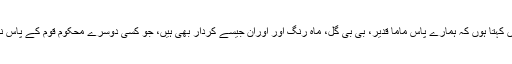
مگر میں کہتا ہوں کہ ہمارے پاس ماما قدیر، بی بی گل، ماہ رنگ اور اوران جیسے کردار بھی ہیں، جو کسی دوسرے محکوم قوم کے پاس نہیں ہیں۔